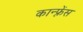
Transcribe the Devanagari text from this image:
कान्‍फ़्रेंस